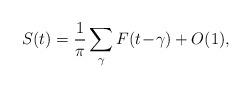
LaTeX: \begin{align*}S(t) = \frac{1}{\pi} \sum_{\gamma} F(t\!-\!\gamma) + O(1) ,\end{align*}